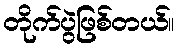
တိုက်ပွဲဖြစ်တယ်။